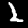
Label: 2